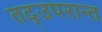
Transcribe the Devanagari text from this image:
तद्उपरान्त